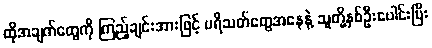
ထိုအချက်တွေကို ကြည့်ချင်းအားဖြင့် ပရိသတ်တွေအနေနဲ့ သူတို့နှစ်ဦးပေါင်းပြီး